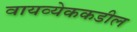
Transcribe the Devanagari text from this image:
वायव्येककडील